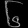
Digit: ၆